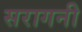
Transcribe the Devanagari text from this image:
सरागनी